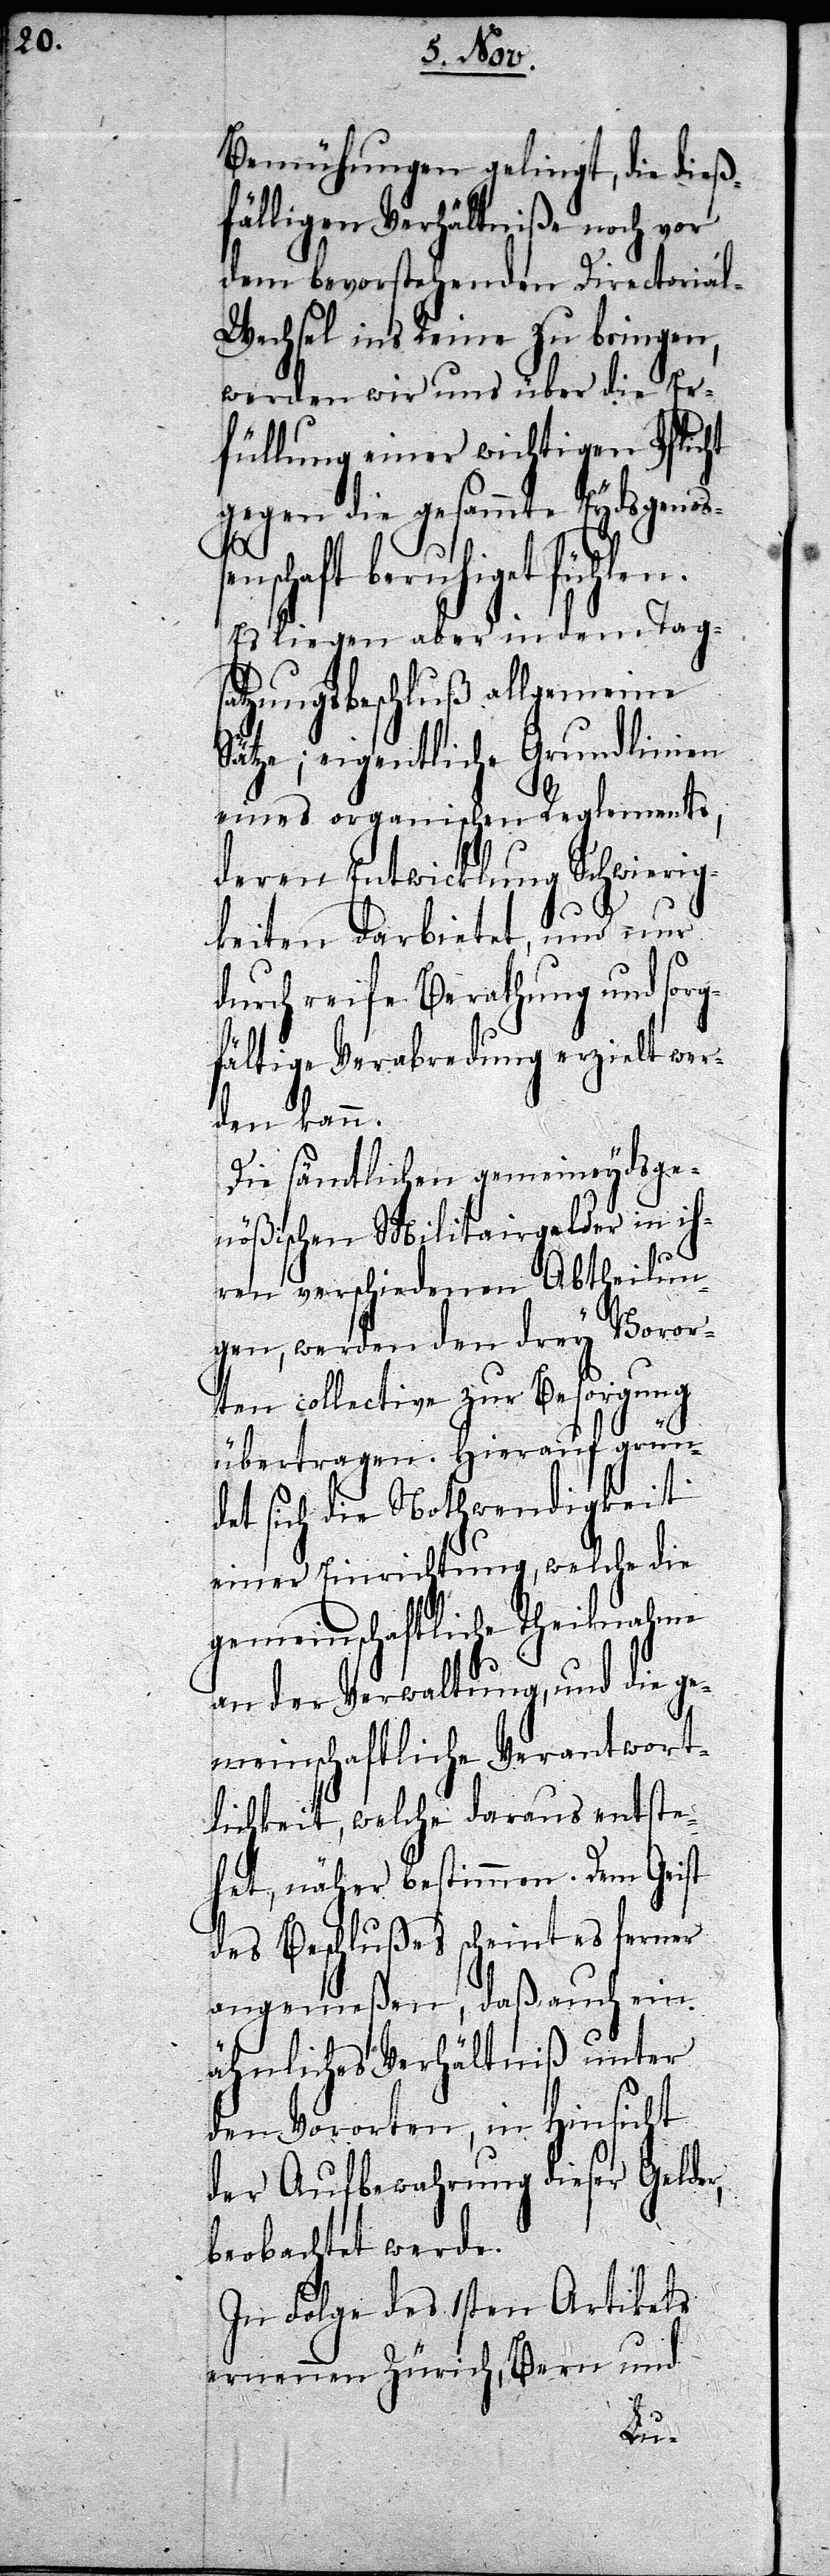
Bemühungen gelingt, die dieß¬
fälligen Verhältniße noch vor
dem bevorstehenden Directoria¬
l-Wechsel ins Reine zu bringen,
werden wir uns über die Er¬
füllung einer wichtigen Pflicht
gegen die gesammte Eydsgenoßen¬
schaft beruhiget fühl¬
Es liegen aber in dem Tag¬
satzungbeschluß allgemeine
Sätze; eigentliche Grundlinien
eines organischen Reglements,
deren Entwicklung Schwierig¬
keiten darbietet, und nur
durch reife Berathung und sorg¬
fältige Verabredung erzielt wer¬
den kann.
Die sämtlichen gemeineydsge¬
nößischen Militairgelder in ih¬
ren verschiedenen Abtheilun¬
gen, werden den drey Voror¬
ten collective zur Besorgung
übertragen. Hierauf grün¬
det sich die Nothwendigkeit
en.
einer Einrichtung, welche die
gemeinschaftliche Theilnahme
an der Verwaltung, und die ge¬
meinschaftliche Verantwort¬
lichkeit, welche daraus entste¬
het, näher bestimmen. Dem Geist
des Beschlußes scheint es ferner
angemeßen, daß auch ein
ähnliches Verhältniß unter
den Vororten, in Hinsicht
der Aufbewahrung dieser Gelder,
beobachtet werde.
In Folge des 1sten Artikels
ernennen Zürich, Bern und